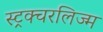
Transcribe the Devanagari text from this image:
स्ट्रक्चरलिज्म